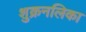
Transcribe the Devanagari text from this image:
शुक्रनलिका